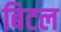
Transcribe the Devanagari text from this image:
बिटल